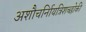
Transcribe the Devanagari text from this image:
अशौचर्निायत्रिशच्छोकी